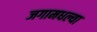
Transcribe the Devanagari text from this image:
जगामधल्या